Report of the King Institute of Preventive Medicine, Guindy
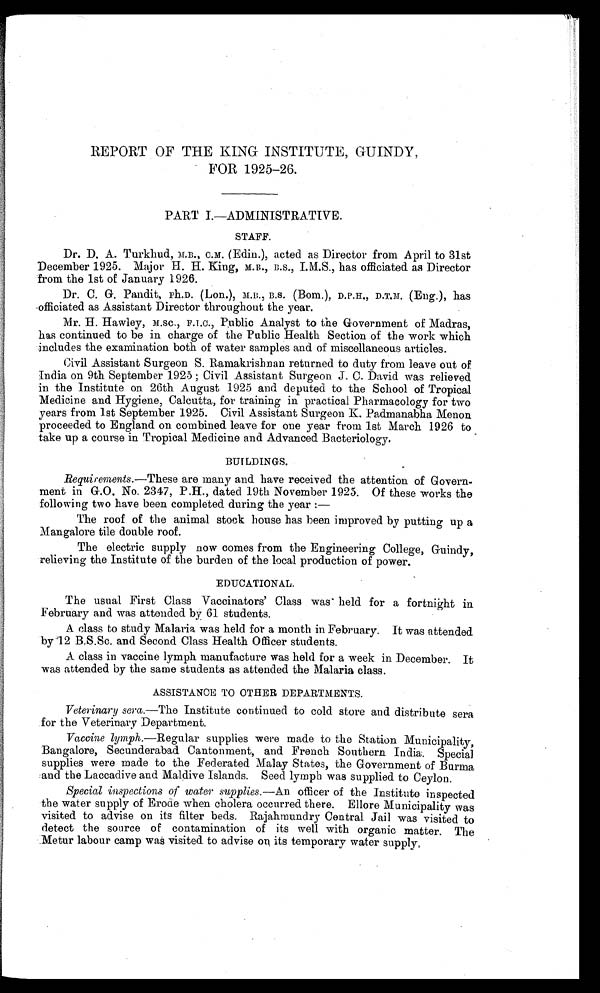
REPORT OF THE KING INSTITUTE, GUINDY,
FOR 1925—26.
PART I.—ADMINISTRATIVE.
STAFF.
Dr. D. A. Turkhud, M.B., C .M. (Edin.), acted as Director from April to 31st
December 1925. Major H. H. King, M.B., B.S., I.M.S., has officiated as Director
from the 1st of January 1926.
Dr. C. G. Pandit, Ph.D. (Lon.), M.B., B.S. (Bom.), D.P.H., D.T.M. (Eng.), has
officiated as Assistant Director throughout the year.
Mr. H. Hawley, M.sc., F.I.C., Public Analyst to the Government of Madras,
has continued to be in charge of the Public Health Section of the work which
includes the examination both of water samples and of miscellaneous articles.
Civil Assistant Surgeon S. Ramakrishnan returned to duty from leave out of
India on 9th September 1925; Civil Assistant Surgeon J. C. David was relieved
in the Institute on 26th August 1925 and deputed to the School of Tropical
Medicine and Hygiene, Calcutta, for training in practical Pharmacology for two
years from 1st September 1925. Civil Assistant Surgeon K. Padmanabha Menon
proceeded to England on combined leave for one year from 1st March 1926 to
take up a course in Tropical Medicine and Advanced Bacteriology.
BUILDINGS.
Requirements. —These are many and have received the attention of Govern
-
ment in G.O. No. 2347, P.H., dated 19th November 1925. Of these works the
following two have been completed during the year:
—
The roof of the animal stock house has been improved by putting up a
Mangalore tile double roof.
The electric supply now comes from the Engineering College, Guindy,
relieving the Institute of the burden of the local production of power.
EDUCATIONAL.
The usual First Class Vaccinators' Class was held for a fortnight in
February and was attended by 61 students.
A class to study Malaria was held for a month in February. It was attended
by 12 B.S.Sc. and Second Class Health Officer students.
A class in vaccine lymph manufacture was held for a week in December. It
was attended by the same students as attended the Malaria class.
ASSISTANCE TO OTHER DEPARTMENTS.
Veterinary sera.—The Institute continued to cold store and distribute sera
for the Veterinary Department.
Vaccine lymph. —Regular supplies were made to the Station Municipality,
Bangalore, Secunderabad Cantonment, and French Southern India. Special
supplies were made to the Federated Malay States, the Government of Burma
and the Laccadive and Maldive Islands. Seed lymph was supplied to Ceylon.
Special inspections of water supplies. —An officer of the Institute inspected
the water supply of Erode when cholera occurred there. More Municipality was
visited to advise on its filter beds. Rajahmundry Central Jail was visited to
detect the source of contamination of its well with organic matter. The
Metur labour camp was visited to advise on its temporary water supply.